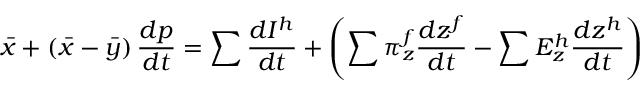
{ \bar { x } } + \left( { \bar { x } } - { \bar { y } } \right) { \frac { d p } { d t } } = \sum { \frac { d I ^ { h } } { d t } } + \left( \sum \pi _ { z } ^ { f } { \frac { d z ^ { f } } { d t } } - \sum E _ { z } ^ { h } { \frac { d z ^ { h } } { d t } } \right)